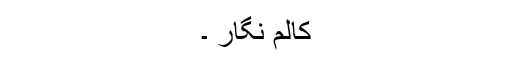
کالم نگار ۔